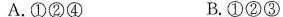
A.①②④ B.①②③